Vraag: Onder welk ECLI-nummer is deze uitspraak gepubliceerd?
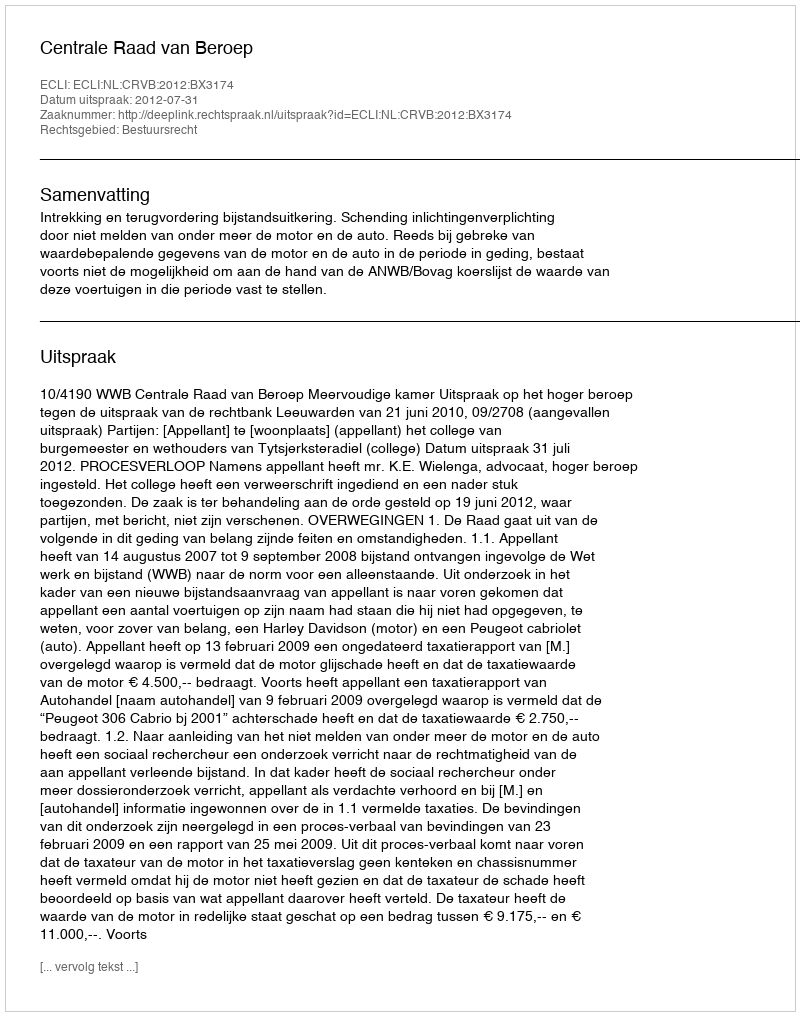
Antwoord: ECLI:NL:CRVB:2012:BX3174